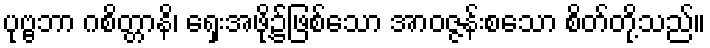
ပုဗ္ဗဘာ ဂစိတ္တာနိ၊ ရှေးအဖို့၌ဖြစ်သော အာဝဇ္ဇန်းစသော စိတ်တို့သည်။